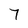
Character: 7